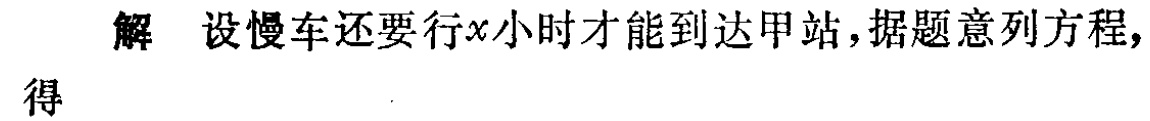
解 设慢车还要行\(x\)小时才能到达甲站，据题意列方程，得